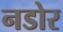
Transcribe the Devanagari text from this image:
नडोर